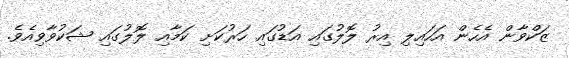
ޒަކްވާން އެހެން އަހައިލި އިރު ލޮލުގައި އަޑުގައި ހަރުކަށި ކަމާއި ލޮލުގައި ޝަކުވާވިއެވެ.